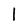
Character: l